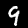
Label: 9